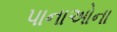
પાનાઓના